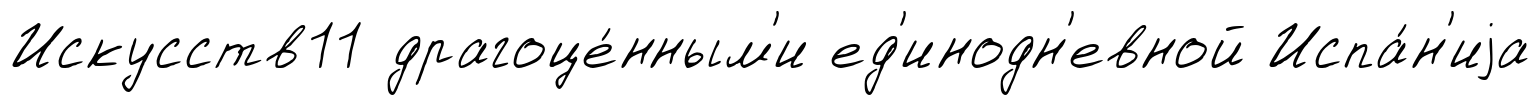
Искусств11 драгоце́нным'и ед'инодн'евной Испа́н'иjа